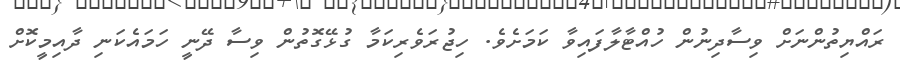
ރައްޔިތުންނަށް ވިސާދިނުން ހުއްޓާލާފައިވާ ކަމަށެވެ. ހިޖުރަވެރިކަމާ ގުޅޭގޮތުން ވިސާ ދޭނީ ހަމައެކަނި ދާއިމީކޮށް